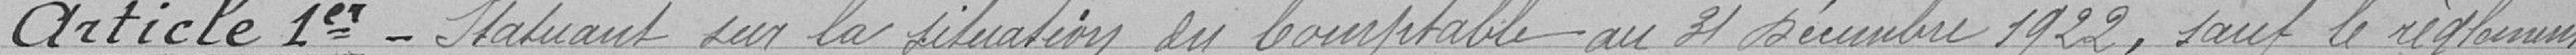
Article 1er_ Statuant sur la situation du Comptable au 31 Décembre 1922 , sauf le réglement